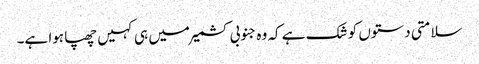
سلامتی دستوں کو شک ہے کہ وہ جنوبی کشمیر میں ہی کہیں چھپا ہوا ہے۔